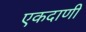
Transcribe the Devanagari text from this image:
एकदाणी